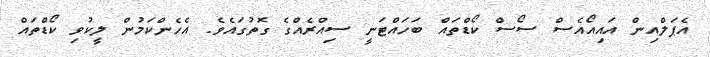
އެޕަލްއިން އައިއޯއެސް ސޯސް ކޯޑްތައް ބަހައްޓަނީ ސިއްރެއްގެ ގޮތުގައެވެ. އެހެންކަމުން ލީކުވި ކޯޑްތައް